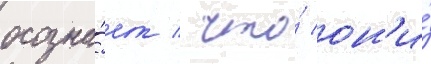
осозна́ет / что́ он'и́